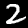
Digit: 2